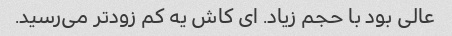
عالی بود با حجم زیاد. ای کاش یه کم زودتر می‌رسید.